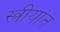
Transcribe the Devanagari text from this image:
स्त्रीयांत